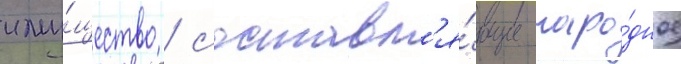
иму́щество / составл'я́ющие наро́дное